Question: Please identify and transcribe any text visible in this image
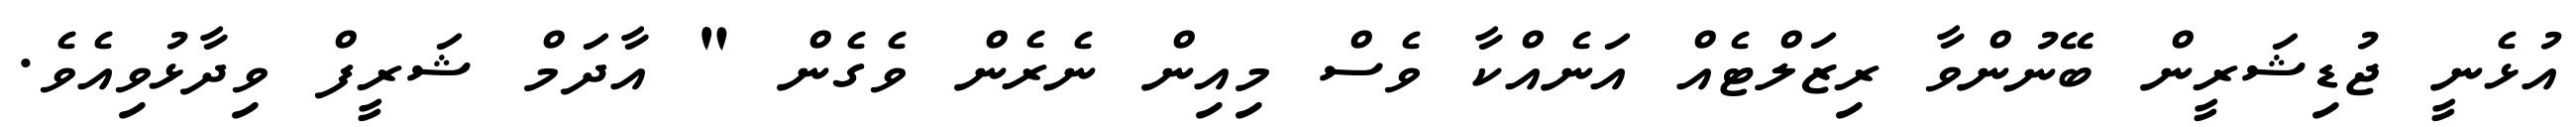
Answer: އުޅެނީ ޖުޑިޝަރީން ބޭނުންވާ ރިޒަލްޓެއް އަނެއްކާ ވެސް މިއިން ނެރެން ވެގެން " އާދަމް ޝަރީފް ވިދާޅުވިއެވެ.